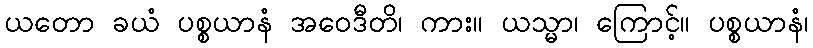
ယတော ခယံ ပစ္စယာနံ အဝေဒီတိ၊ ကား။ ယသ္မာ၊ ကြောင့်။ ပစ္စယာနံ၊